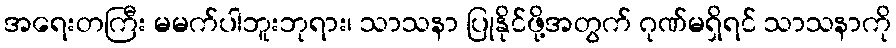
အရေးတကြီး မမက်ပါဘူးဘုရား၊ သာသနာ ပြုနိုင်ဖို့အတွက် ဂုဏ်မရှိရင် သာသနာကို